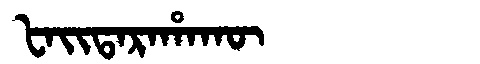
Manchu: ᡶᠠᡳᡨᠠᡵᠠᡥᠠᡴᡡ
Romanization: FAITARAHAKŪ